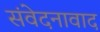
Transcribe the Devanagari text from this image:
संवेदनावाद